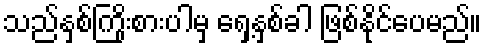
သည်နှစ်ကြိုးစားပါမှ ရှေ့နှစ်ခါ ဖြစ်နိုင်ပေမည်။